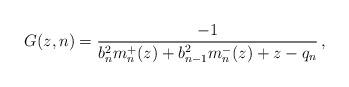
LaTeX: \begin{align*} G(z,n)=\frac{-1}{b_n^2m_n^+(z)+b_{n-1}^2m_n^-(z)+z-q_n}\,,\end{align*}